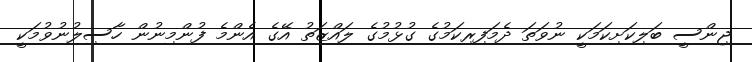
ޖިންސީ ބަލިކަށިކަމަކީ ނުވަތަ ދެމަފިރިކަމުގެ ގުޅުމުގެ ލައްޒަތު އޭގެ އެންމެ ފުންމިނުން ހާސިލުނުވުމަކީ